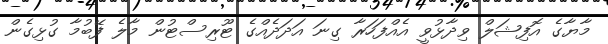
މާޔާގެ އޮފިޝަލް ވިދާޅުވީ އެއްފަހަރާ ގިނަ އަދަދެއްގެ ޓޫރިސްޓުން މާލެ ފޭބުމާ ގުޅިގެން